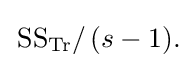
{\textstyle \left.{\text{SS}}_{\text{Tr}}\right/(s-1).}